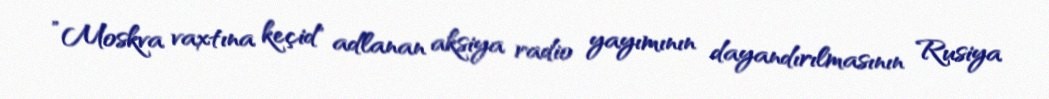
”Moskva vaxtına keçid" adlanan aksiya radio yayımının dayandırılmasının Rusiya